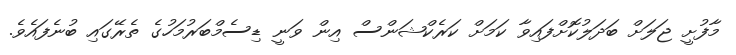
މާފުށީ ޖަލަށް ބަދަލުކޮށްފައިވާ ކަމަށް ކަރެކްޝަންސް އިން ވަނީ ޑިސެމްބަރުމަހުގެ ތެރޭގައި ބުނެފައެވެ.